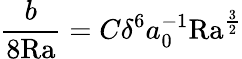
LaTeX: \frac{b}{8\mathrm{{Ra}}}=C\delta^{6}a_{0}^{-1}\mathrm{{Ra}}^{\frac{3}{2}}